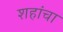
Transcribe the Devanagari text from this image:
शहांचा